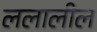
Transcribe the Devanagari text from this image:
ललालील